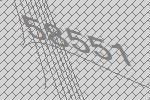
58551